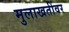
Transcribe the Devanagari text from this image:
मुलाखतींवर